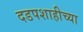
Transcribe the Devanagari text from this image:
दडपशाहीच्या